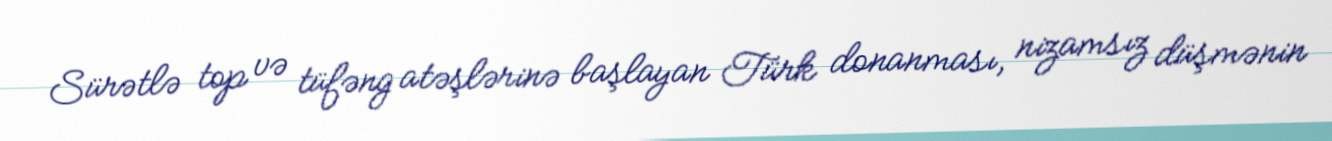
Sürətlə top və tüfəng atəşlərinə başlayan Türk donanması, nizamsız düşmənin